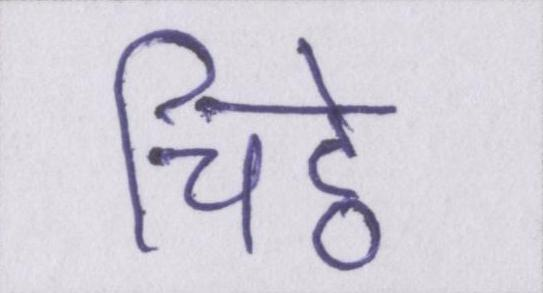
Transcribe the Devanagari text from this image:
चिट्ठे